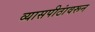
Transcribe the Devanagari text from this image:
व्यासपीठांवरून